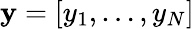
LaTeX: \textbf{y}=[y_{1},\dots,y_{N}]